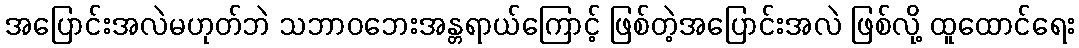
အပြောင်းအလဲမဟုတ်ဘဲ သဘာဝဘေးအန္တရာယ်ကြောင့် ဖြစ်တဲ့အပြောင်းအလဲ ဖြစ်လို့ ထူထောင်ရေး